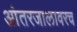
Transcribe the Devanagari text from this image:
आंतरजालावरच